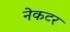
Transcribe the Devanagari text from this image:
नेकटर